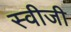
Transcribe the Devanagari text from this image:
स्वीजी